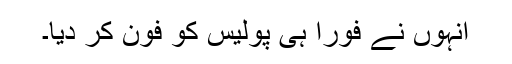
انہوں نے فوراً ہی پولیس کو فون کر دیا۔